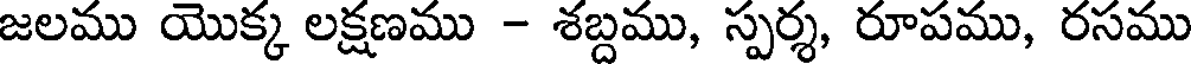
జలము యొక్క లక్షణము - శబ్దము, స్పర్శ, రూపము, రసము